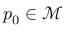
p _ { 0 } \in \mathcal { M }